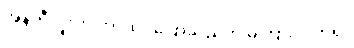
အန်တီလူးက ဘာထပ်ပြောသည်ကို မကြားလိုက်ရ။